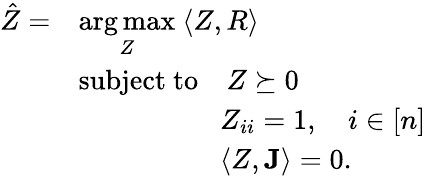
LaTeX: \begin{array}{rl}{\hat{Z}=}&{\underset{Z}{\arg\operatorname*{max}}~\langle Z,R\rangle}\\ &{\mathrm{subject~to}\quad Z\succeq 0}\\ &{\quad\quad\quad\quad\quad Z_{ii}=1,\quad i\in[n]}\\ &{\quad\quad\quad\quad\quad\langle Z,\mathbf{J}\rangle=0.}\end{array}